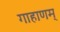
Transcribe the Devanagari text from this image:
गाहाणम्